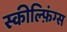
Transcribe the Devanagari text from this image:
स्कील्फ़िंग्स